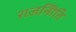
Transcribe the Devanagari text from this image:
राजनीिति